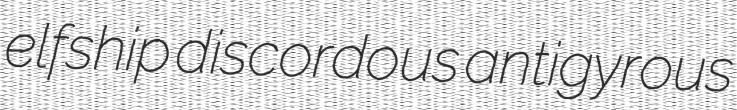
elfship discordous antigyrous